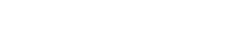
ဆင်းကြည့်ခဲ့ပြီး ဖြစ်ပါတယ်။